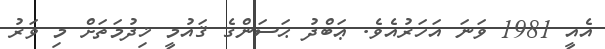
އެއީ 1981 ވަނަ އަހަރުއެވެ. ޢަބްދު ޙަސަންގެ ޤައުމީ ޚިދުމަތަށް މި ވަރު